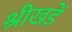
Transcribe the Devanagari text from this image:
श्रीखडें